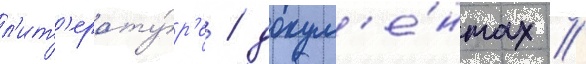
л'ит'ерату́р'е / докум'е́нтах /